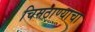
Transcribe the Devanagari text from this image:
चिमठाण्याचा